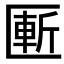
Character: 𰅨